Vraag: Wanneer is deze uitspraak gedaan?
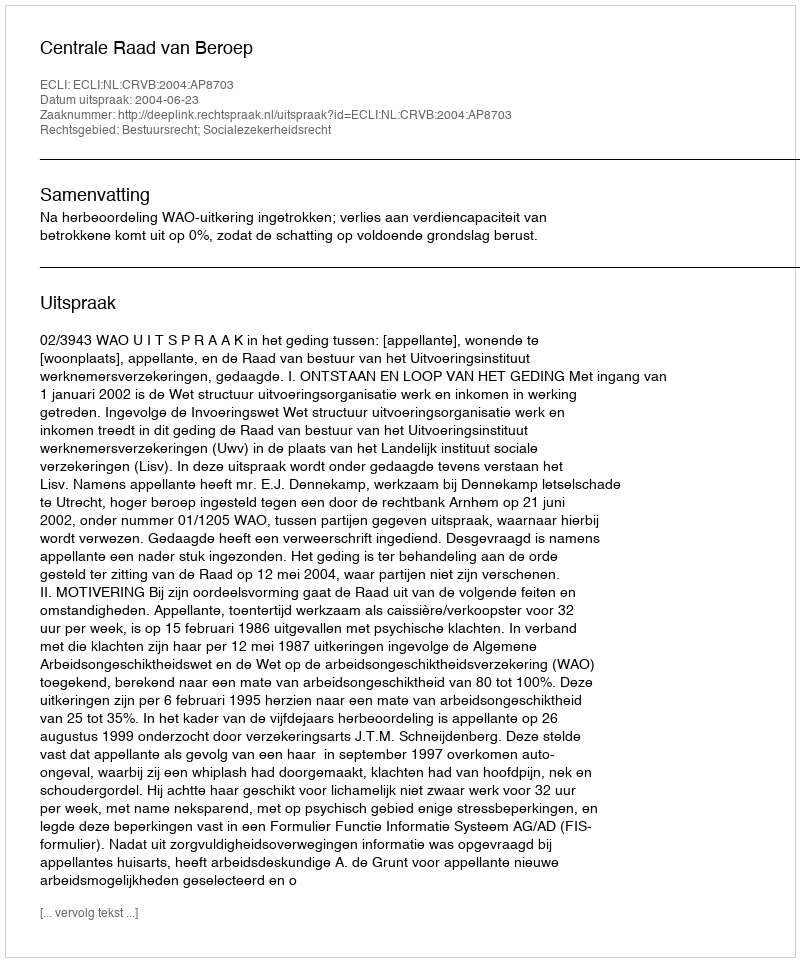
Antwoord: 2004-06-23